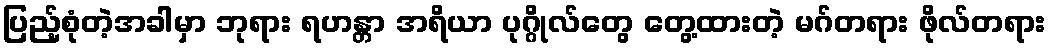
ပြည့်စုံတဲ့အခါမှာ ဘုရား ရဟန္တာ အရိယာ ပုဂ္ဂိုလ်တွေ တွေ့ထားတဲ့ မဂ်တရား ဖိုလ်တရား